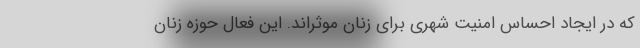
که در ایجاد احساس امنیت شهری برای زنان موثراند. این فعال حوزه زنان